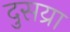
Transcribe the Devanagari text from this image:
दुसय्रा